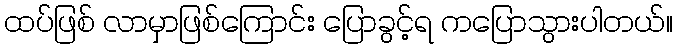
ထပ်ဖြစ် လာမှာဖြစ်ကြောင်း ပြောခွင့်ရ ကပြောသွားပါတယ်။